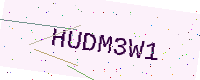
Text: HUDM3W1